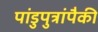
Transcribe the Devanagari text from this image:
पांडुपुत्रांपैकी